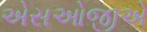
એસઓજીએ